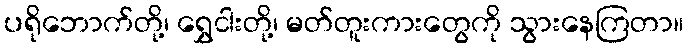
ပရိုဘောက်တို့၊ ရွှေငါးတို့၊ မတ်တူးကားတွေကို သွားနေကြတာ။